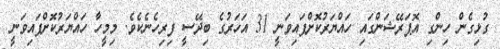
ގުޅިގެން ހިންގި އޮޕަރޭޝަންގައި ހައްޔަރުކޮށްފައިވަނީ 31 އަހަރުގެ ބިދޭސީ ފިރިހެނެކެވެ. މިމީހާ ހައްޔަރުކޮށްފައިވަނީ